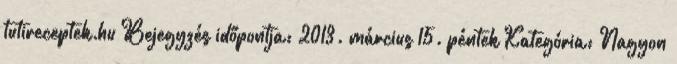
tutireceptek.hu Bejegyzés időpontja: 2013. március 15. péntek Kategória: Nagyon